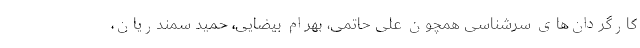
کارگردان‌های سرشناسی همچون علی حاتمی، بهرام بیضایی، حمید سمندریان،